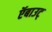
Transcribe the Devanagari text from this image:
ऍबाउट्